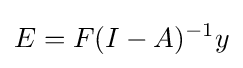
E=F(I-A)^{-1}y